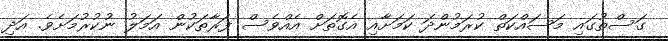
ގަސްތުގައި މަސައްކަތް ކުރަމުންދަ ކަމަށާއި އެގޮތަށް އެއްވެސް ފަރާތަކުން އަމަލު ނުކުރުމަށެވެ. އަދި